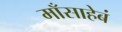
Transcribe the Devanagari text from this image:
माँसाहेबं